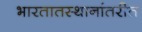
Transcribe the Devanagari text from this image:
भारतातस्थानांतरीत